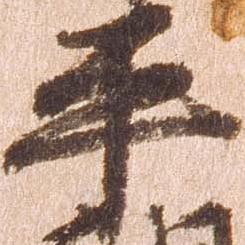
平